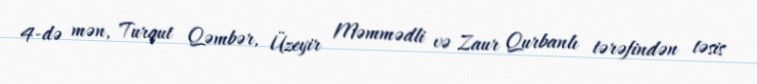
4-də mən, Turqut Qəmbər, Üzeyir Məmmədli və Zaur Qurbanlı tərəfindən təsis